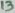
Text: 13